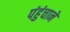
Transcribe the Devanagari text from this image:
पंहुंचाने